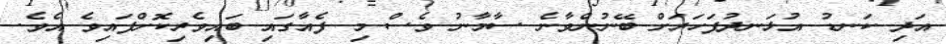
އަދި ކަނޑު އުޅަނދުފަހަރަށް ބޭނުންވާނެ ސާމާނު ވެސް މި ފެއާގައި ބައިވެރިކޮށްފައިވެ އެވެ.